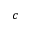
c